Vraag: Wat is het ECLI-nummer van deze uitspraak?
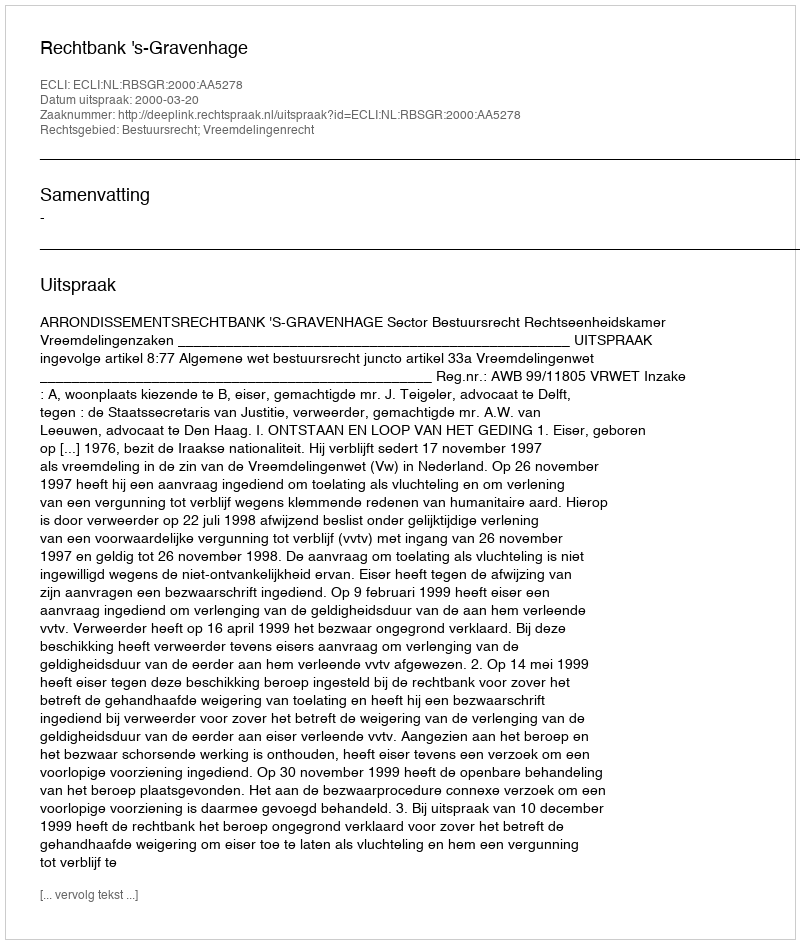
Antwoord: ECLI:NL:RBSGR:2000:AA5278